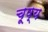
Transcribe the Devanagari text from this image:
चूष्य